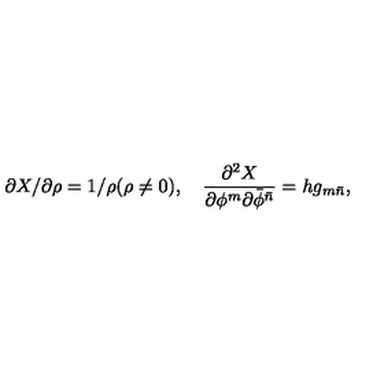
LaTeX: { \partial X / \partial \rho } = 1 / \rho ( \rho \neq 0 ) , \quad \frac { \partial ^ { 2 } X } { \partial \phi ^ { m } \partial { \bar { \phi } } ^ { \bar { n } } } = h g _ { m { \bar { n } } } ,